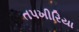
તપખીરિયા